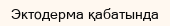
Эктодерма қабатында